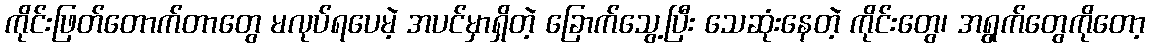
ကိုင်းဖြတ်တောက်တာတွေ မလုပ်ရပေမဲ့ အပင်မှာရှိတဲ့ ခြောက်သွေ့ပြီး သေဆုံးနေတဲ့ ကိုင်းတွေ၊ အရွက်တွေကိုတော့